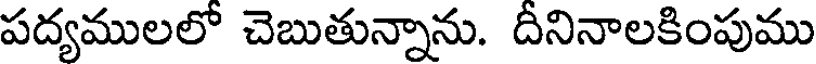
పద్యములలో చెబుతున్నాను. దీనినాలకింపుము